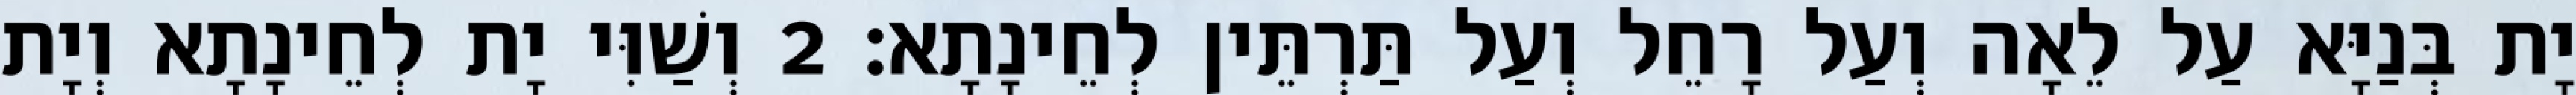
יָת בְּנַיָּא עַל לֵאָה וְעַל רָחֵל וְעַל תַּרְתֵּין לְחֵינָתָא׃ 2 וְשַׁוִּי יָת לְחֵינָתָא וְיָת